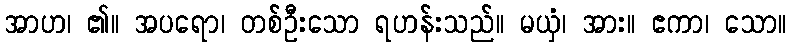
အာဟ၊ ၏။ အပရော၊ တစ်ဦးသော ရဟန်းသည်။ မယှံ၊ အား။ ဧကာ၊ သော။